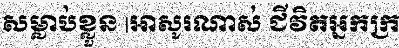
សម្លាប់ខ្លួន |អាសូរណាស់ ជីវិតអ្នកក្រ